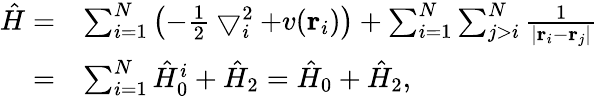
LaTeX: \begin{array}{r}{\begin{array}{rl}{\hat{H}=}&{\sum_{i=1}^{N}\left(-\frac{1}{2}\bigtriangledown_{i}^{2}+v(\mathbf{r}_{i})\right)+\sum_{i=1}^{N}\sum_{j>i}^{N}\frac{1}{\left|\mathbf{r}_{i}-\mathbf{r}_{j}\right|}}\\ {=}&{\sum_{i=1}^{N}\hat{H}_{0}^{i}+\hat{H}_{2}=\hat{H}_{0}+\hat{H}_{2},}\end{array}}\end{array}